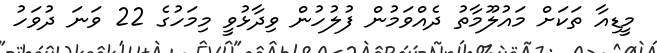
މީޑިއާ ތަކަށް މައުލޫމާތު ދެއްވަމުން ފުލުހުން ވިދާޅުވީ މިމަހުގެ 22 ވަނަ ދުވަހު